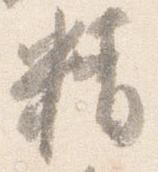
精